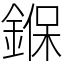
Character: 𨩚